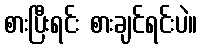
စားပြီးရင်း စားချင်ရင်းပဲ။